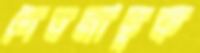
দেবমাতৃক